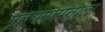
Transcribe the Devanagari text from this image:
मूल्यमापनाला